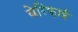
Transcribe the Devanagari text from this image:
वेरिफ़ाई